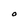
Character: O